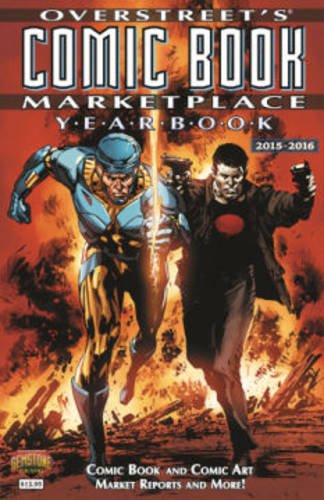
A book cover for Overstreet's Comic Book Marketplace Yearbook: 2015-2016 (Overstreet Comic Book Marketplace Yearbook SC); Robert M. Overstreet; Comics & Graphic Novels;